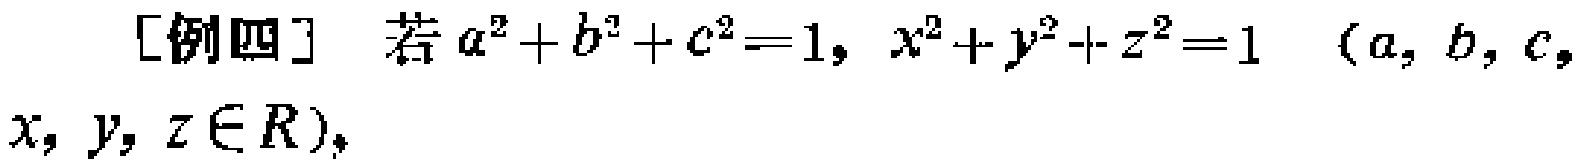
[例四] 若 \(a^{2}+b^{2}+c^{2}=1, x^{2}+y^{2}+z^{2}=1\) \((a, b, c, x, y, z\in R)\)，